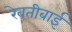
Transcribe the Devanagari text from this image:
रेवतीबाई